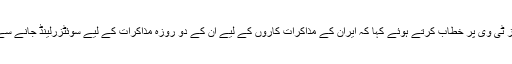
ایران کے رہبرِ اعلیٰ نے بدھ کے روز ٹی وی پر خطاب کرتے ہوئے کہا کہ ایران کے مذاکرات کاروں کے لیے ان کے دو روزہ مذاکرات کے لیے سوئٹزرلینڈ جانے سے قبل واضع حدود متعین کی گئی ہیں۔